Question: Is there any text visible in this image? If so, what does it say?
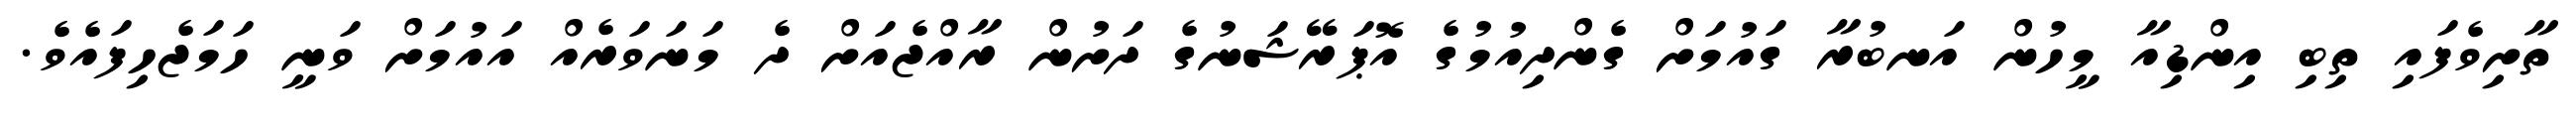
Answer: ތާށިވެފައި ތިބި އިންޑިއާ މީހުން އަނބުރާ ގައުމަށް ގެންދިއުމުގެ އޮޕަރޭޝަނުގެ ދަށުން ރާއްޖެއަށް ދެ މަނަވަރެއް އައުމަށް ވަނީ ހަމަޖެހިފައެވެ.